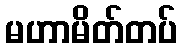
မဟာမိတ်တပ်